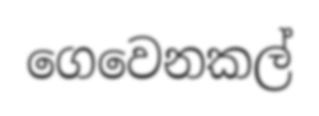
ගෙවෙනකල්